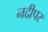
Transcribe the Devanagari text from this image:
नदीपर